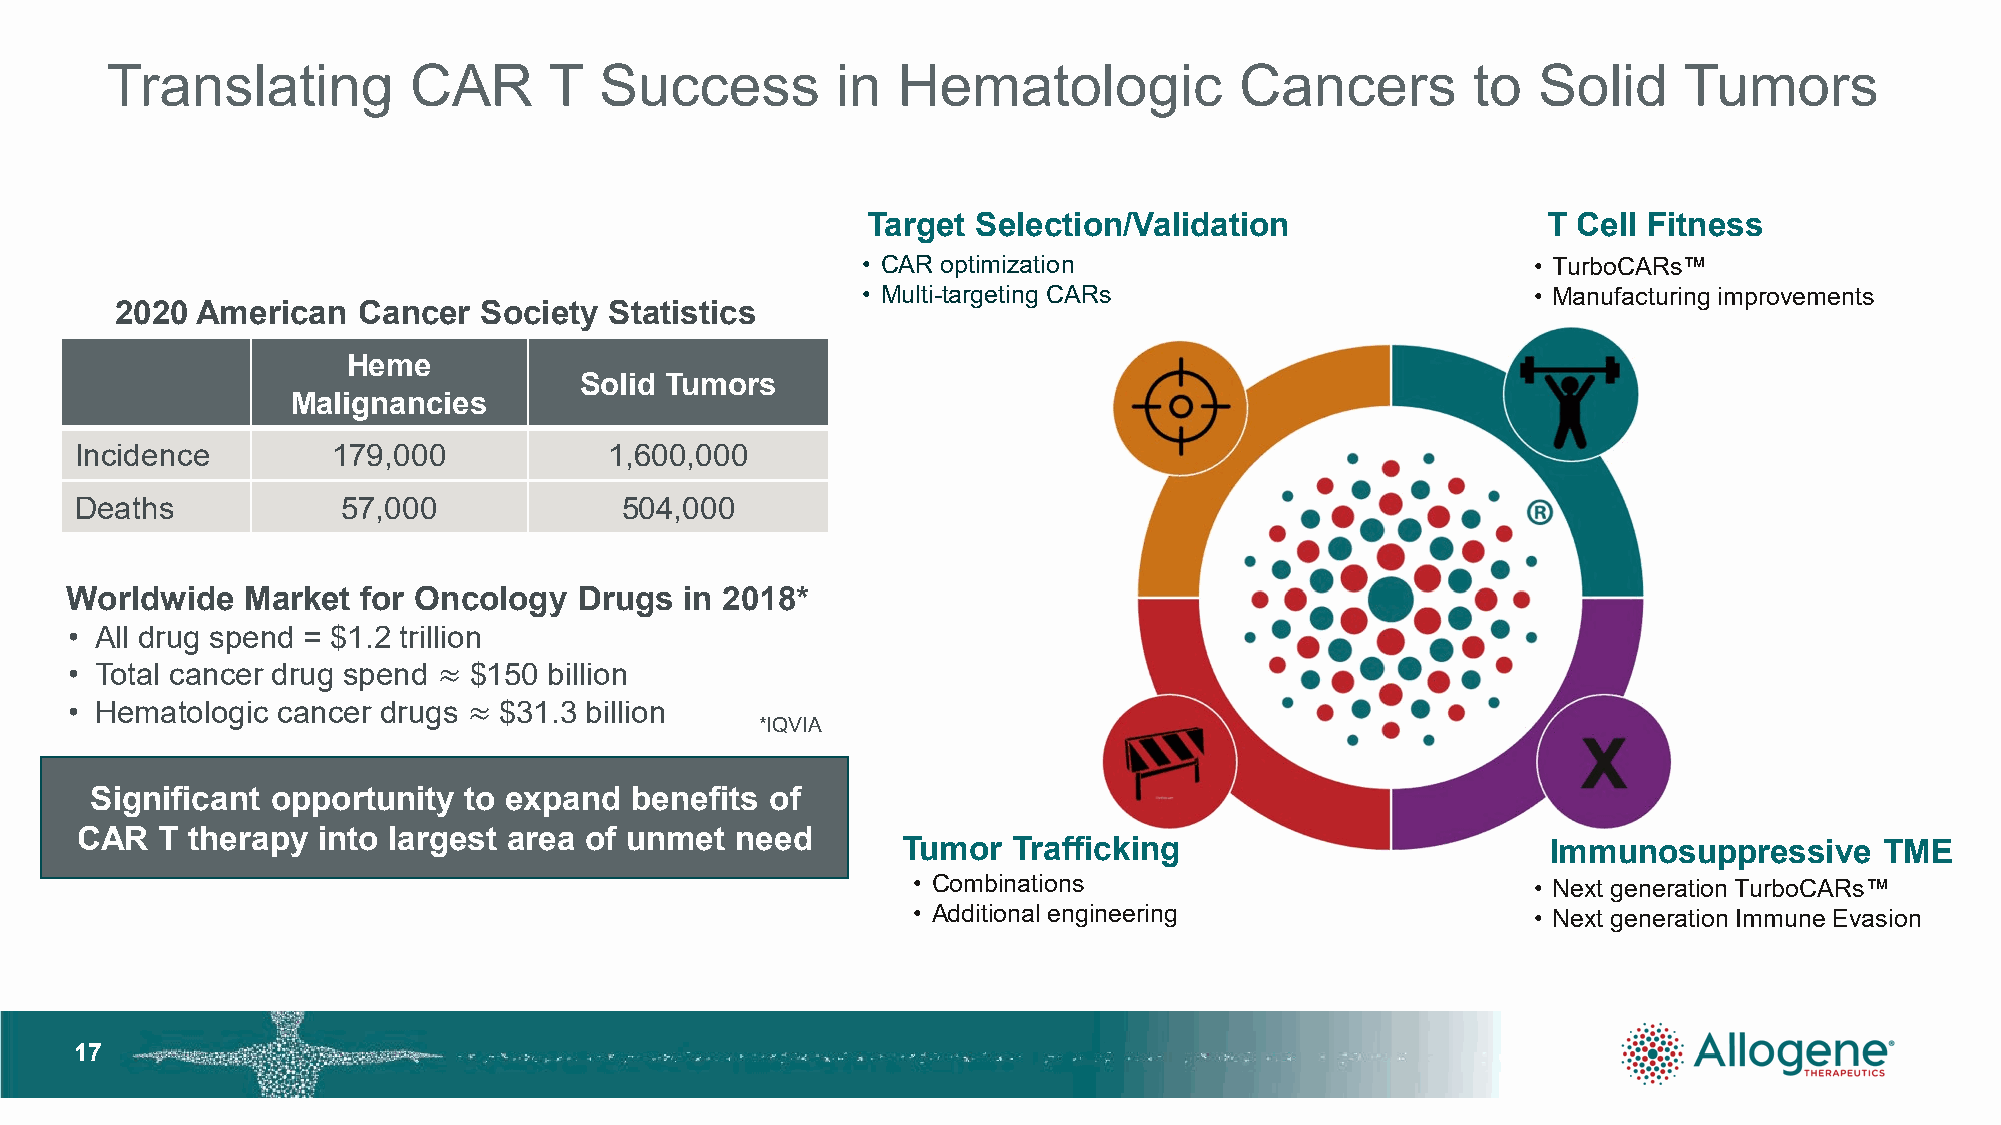
Translating         CAR      T   Success        in  Hematologic            Cancers        to   Solid    Tumors
 Target  Selection/Validation                 T Cell Fitness
 • CAR optimization                          • TurboCARs™
 • Multi-targeting CARs                      • Manufacturing improvements
 2020 American   Cancer  Society Statistics
 Heme
 Solid Tumors
 Malignancies
 Incidence        179,000           1,600,000
 Deaths            57,000            504,000
 Worldwide   Market  for Oncology  Drugs  in 2018*
 • All drug spend = $1.2 trillion
 • Total cancer drug spend  $150 billion
 • Hematologic cancer drugs   $31.3 billion
 *IQVIA
 ≈
 ≈
 Significant opportunity  to expand  benefits of
 CAR   T therapy into largest area of unmet  need
 Tumor  Trafficking                         Immunosuppressive     TME
 • Combinations                           • Next generation TurboCARs™
 • Additional engineering                 • Next generation Immune Evasion
 1177